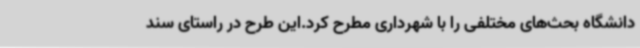
دانشگاه بحث‌های مختلفی را با شهرداری مطرح کرد.این طرح در راستای سند